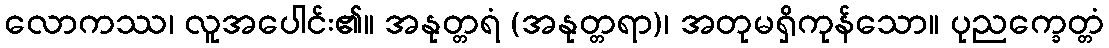
လောကဿ၊ လူအပေါင်း၏။ အနုတ္တရံ (အနုတ္တရာ)၊ အတုမရှိကုန်သော။ ပုညက္ခေတ္တံ